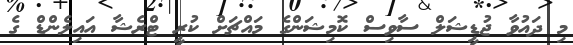
މި ދައުވާ ޖުޑީޝަލް ސާވިސް ކޮމިޝަންގެ މައްޗަށް ކުރީ ޓްރެޝާ އައިލެންޑް ގެ